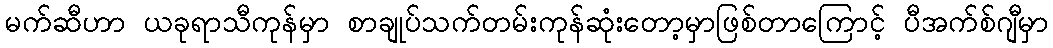
မက်ဆီဟာ ယခုရာသီကုန်မှာ စာချုပ်သက်တမ်းကုန်ဆုံးတော့မှာဖြစ်တာကြောင့် ပီအက်စ်ဂျီမှာ